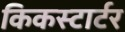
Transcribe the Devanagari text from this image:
किकस्टार्टर